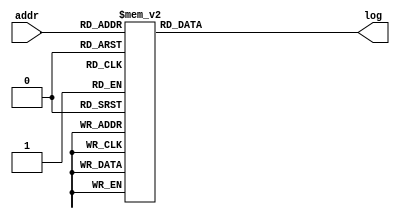
module LUT1(addr, log);
    input [4:0] addr;
    output reg [15:0] log;

    always @(addr) begin
        case (addr)
			5'b0 		: log = 16'b1111110000000000;
			5'b1 		: log = 16'b1100100011011010;
			5'b10 		: log = 16'b1100100010000001;
			5'b11 		: log = 16'b1100100000101001;
			5'b100 		: log = 16'b1100011110100000;
			5'b101 		: log = 16'b1100011011101110;
			5'b110 		: log = 16'b1100011000111101;
			5'b111 		: log = 16'b1100010110001100;
			5'b1000 		: log = 16'b1100010011011010;
			5'b1001 		: log = 16'b1100010000101001;
			5'b1010 		: log = 16'b1100001011101110;
			5'b1011 		: log = 16'b1100000110001100;
			5'b1100 		: log = 16'b1100000000101001;
			5'b1101 		: log = 16'b1011110110001100;
			5'b1110 		: log = 16'b1011100110001100;
			5'b1111 		: log = 16'b0000000000000000;
			5'b10000 		: log = 16'b0011100110001100;
			5'b10001 		: log = 16'b0011110110001100;
			5'b10010 		: log = 16'b0100000000101001;
			5'b10011 		: log = 16'b0100000110001100;
			5'b10100 		: log = 16'b0100001011101110;
			5'b10101 		: log = 16'b0100010000101001;
			5'b10110 		: log = 16'b0100010011011010;
			5'b10111 		: log = 16'b0100010110001100;
			5'b11000 		: log = 16'b0100011000111101;
			5'b11001 		: log = 16'b0100011011101110;
			5'b11010 		: log = 16'b0100011110100000;
			5'b11011 		: log = 16'b0100100000101001;
			5'b11100 		: log = 16'b0100100010000001;
			5'b11101 		: log = 16'b0100100011011010;
			5'b11110 		: log = 16'b0100100100110011;
			5'b11111 		: log = 16'b0111110000000000;
        endcase
    end
endmodule